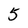
Character: 5